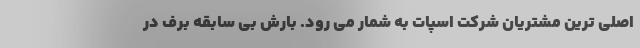
اصلی ترین مشتریان شرکت اسپات به شمار می رود. بارش بی سابقه برف در